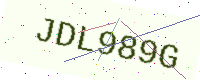
Text: JDL989G